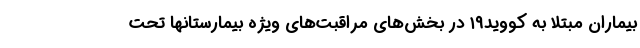
بیماران مبتلا به کووید۱۹ در بخش‌های مراقبت‌های ویژه بیمارستانها تحت